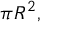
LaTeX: \pi R ^ { 2 } ,